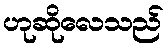
ဟုဆိုလေသည်